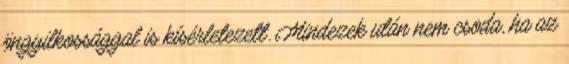
öngyilkossággal is kísérletezett. Mindezek után nem csoda, ha az